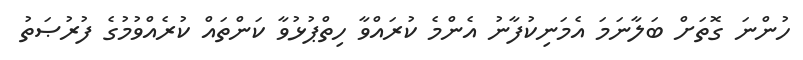
ހުންނަ ގޮތަށް ބަލާނަމަ އެމަނިކުފާނު އެންމެ ކުރައްވާ ހިތްޕުޅުވާ ކަންތައް ކުރެއްވުމުގެ ފުރުޞަތު